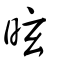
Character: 昡